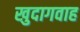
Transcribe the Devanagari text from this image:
खुदागवाह